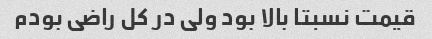
قیمت نسبتا بالا بود ولی در کل راضی بودم